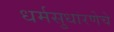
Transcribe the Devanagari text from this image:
धर्मसुधारणेचे